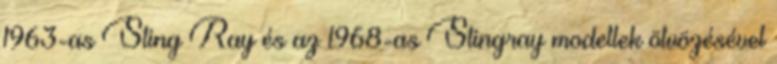
1963-as Sting Ray és az 1968-as Stingray modellek ötvözésével